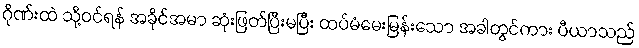
ဂိုဏ်းထဲ သို့ဝင်ရန် အခိုင်အမာ ဆုံးဖြတ်ပြီးမပြီး ထပ်မံမေးမြန်းသော အခါတွင်ကား ပီယာသည်